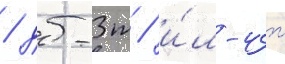
/ дб-3т / и́л-4т